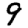
Digit: 9